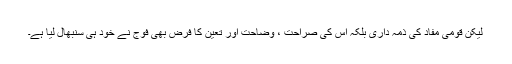
لیکن قومی مفاد کی ذمہ داری بلکہ اس کی صراحت ، وضاحت اور تعین کا فرض بھی فوج نے خود ہی سنبھال لیا ہے۔